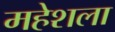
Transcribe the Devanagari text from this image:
महेशला